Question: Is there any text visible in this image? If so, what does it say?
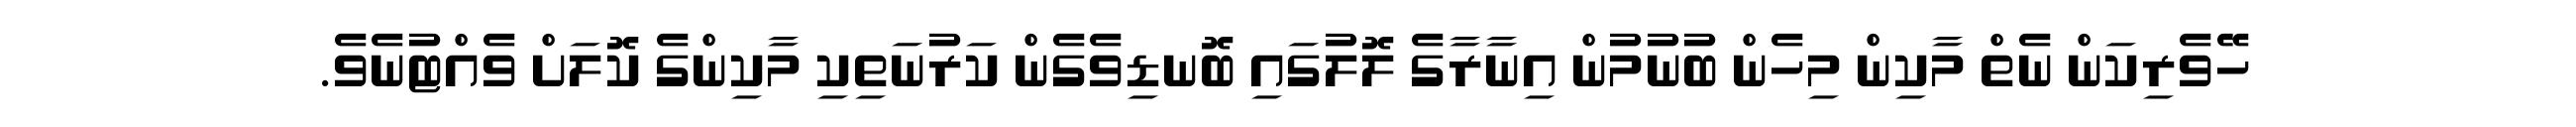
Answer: ހޭވެރިކަން ނެތް މާކިން މިހެން ބުނުމުން އިނާރާގެ ލޮލުގައި ބޮނޑިވެގެން ކަރުނަތިކި މާކިންގެ ކޮލަށް ވެއްޓުނެވެ.